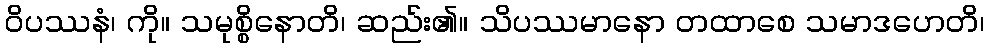
ဝိပဿနံ၊ ကို။ သမုစ္စိနောတိ၊ ဆည်း၏။ သိပဿမာနော တထာစေ သမာဒဟေတိ၊